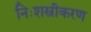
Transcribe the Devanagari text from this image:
निःशस्रीकरण